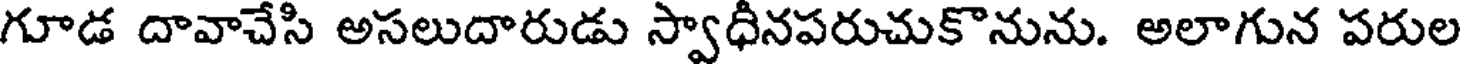
గూడ దావాచేసి అసలుదారుడు స్వాధీనపరుచుకొనును. అలాగున పరుల